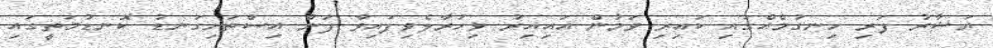
ޔަޝާރު ފަރި ހިނގުމެއްގައި ކައިރި ވަމުން އައިއިރު ވިހުރާލެވިފައިވާ ފަން އިސްތަށިގަނޑު ކޮނޑުމަތީގައި